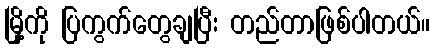
မြို့ကို ပြကွက်တွေချပြီး တည်တာဖြစ်ပါတယ်။